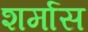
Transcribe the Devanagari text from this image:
शर्मास